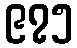
၉၇၅